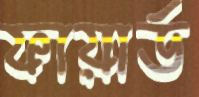
ফায়ার্ড